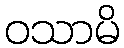
ဝသာမိ